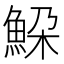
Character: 𩶹